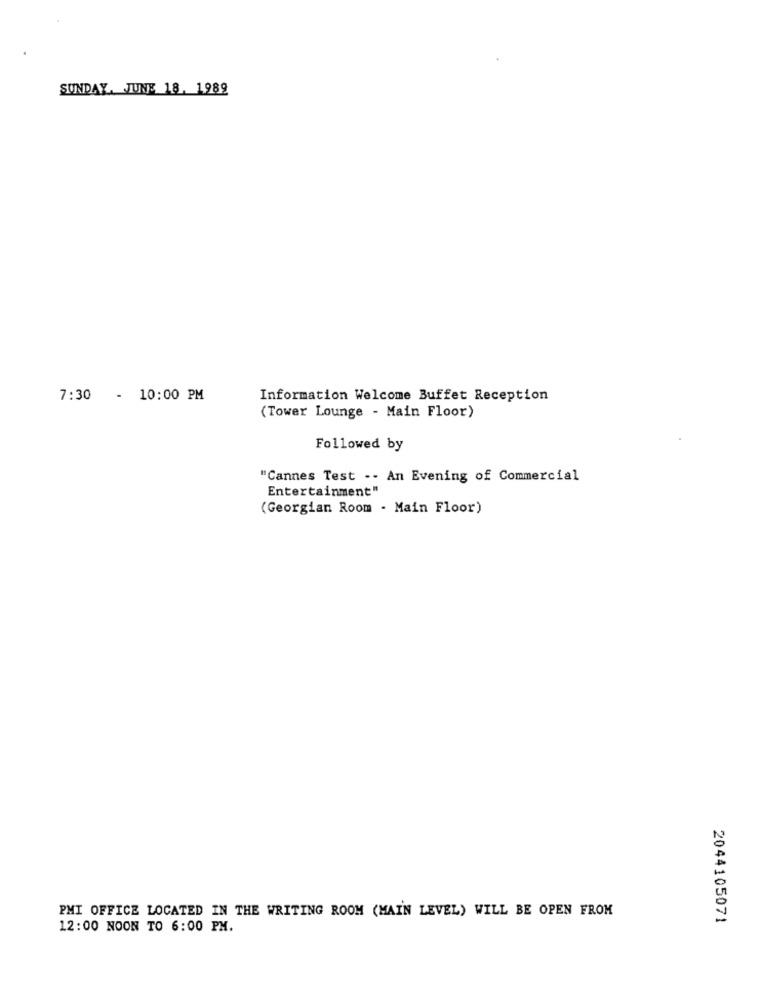
SUNDAY, JUNE 18, 1989
7:30 - 10:00 PM
Information Welcome Buffet Reception
(Tower Lounge - Main Floor)
Followed by
"Cannes Test -- An Evening of Commercial
Entertainment"
(Georgian Room - Main Floor)
PMI OFFICE LOCATED IN THE WRITING ROOM (MAIN LEVEL) WILL BE OPEN FROM
2044105071
12:00 NOON TO 6:00 PM.